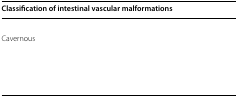
<table><thead><tr><td><b>Classification of intestinal vascular malformations</b></td></tr></thead><tbody><tr><td>[EMPTY_CELL]</td></tr><tr><td>Cavernous</td></tr><tr><td>[EMPTY_CELL]</td></tr><tr><td>[EMPTY_CELL]</td></tr><tr><td>[EMPTY_CELL]</td></tr><tr><td>[EMPTY_CELL]</td></tr></tbody></table>